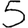
Digit: 5